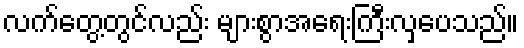
လက်တွေ့တွင်လည်း များစွာအရေးကြီးလှပေသည်။